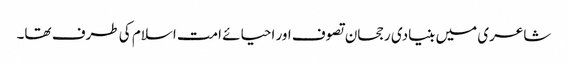
شاعری میں بنیادی رجحان تصوف اور احیائے امت اسلام کی طرف تھا۔